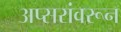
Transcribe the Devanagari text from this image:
अप्सरांवरून